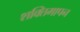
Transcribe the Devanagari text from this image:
शक्तिमापन